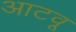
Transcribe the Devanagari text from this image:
आटवू